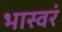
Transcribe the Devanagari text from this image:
भास्वरं